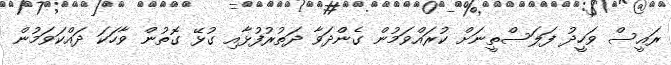
ރައީސް ވަހީދު ފަލަސްތީނަށް ކުރައްވަމުން ގެންދަވާ ދަތުރުފުޅާއި ގުޅޭ ގޮތުން ވާހަކަ ދައްކަވަމުން